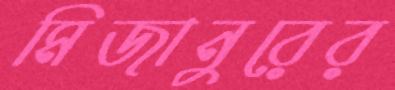
মিজানুরের